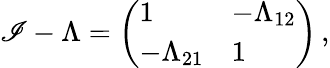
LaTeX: \mathscr{I}-\Lambda=\left(\begin{array}{ll}{1}&{-\Lambda_{12}}\\ {-\Lambda_{21}}&{1}\end{array}\right)\, ,